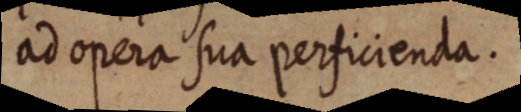
ad opera sua perficienda.